Kassari_(Keina)_vallavalitsus, lk 43
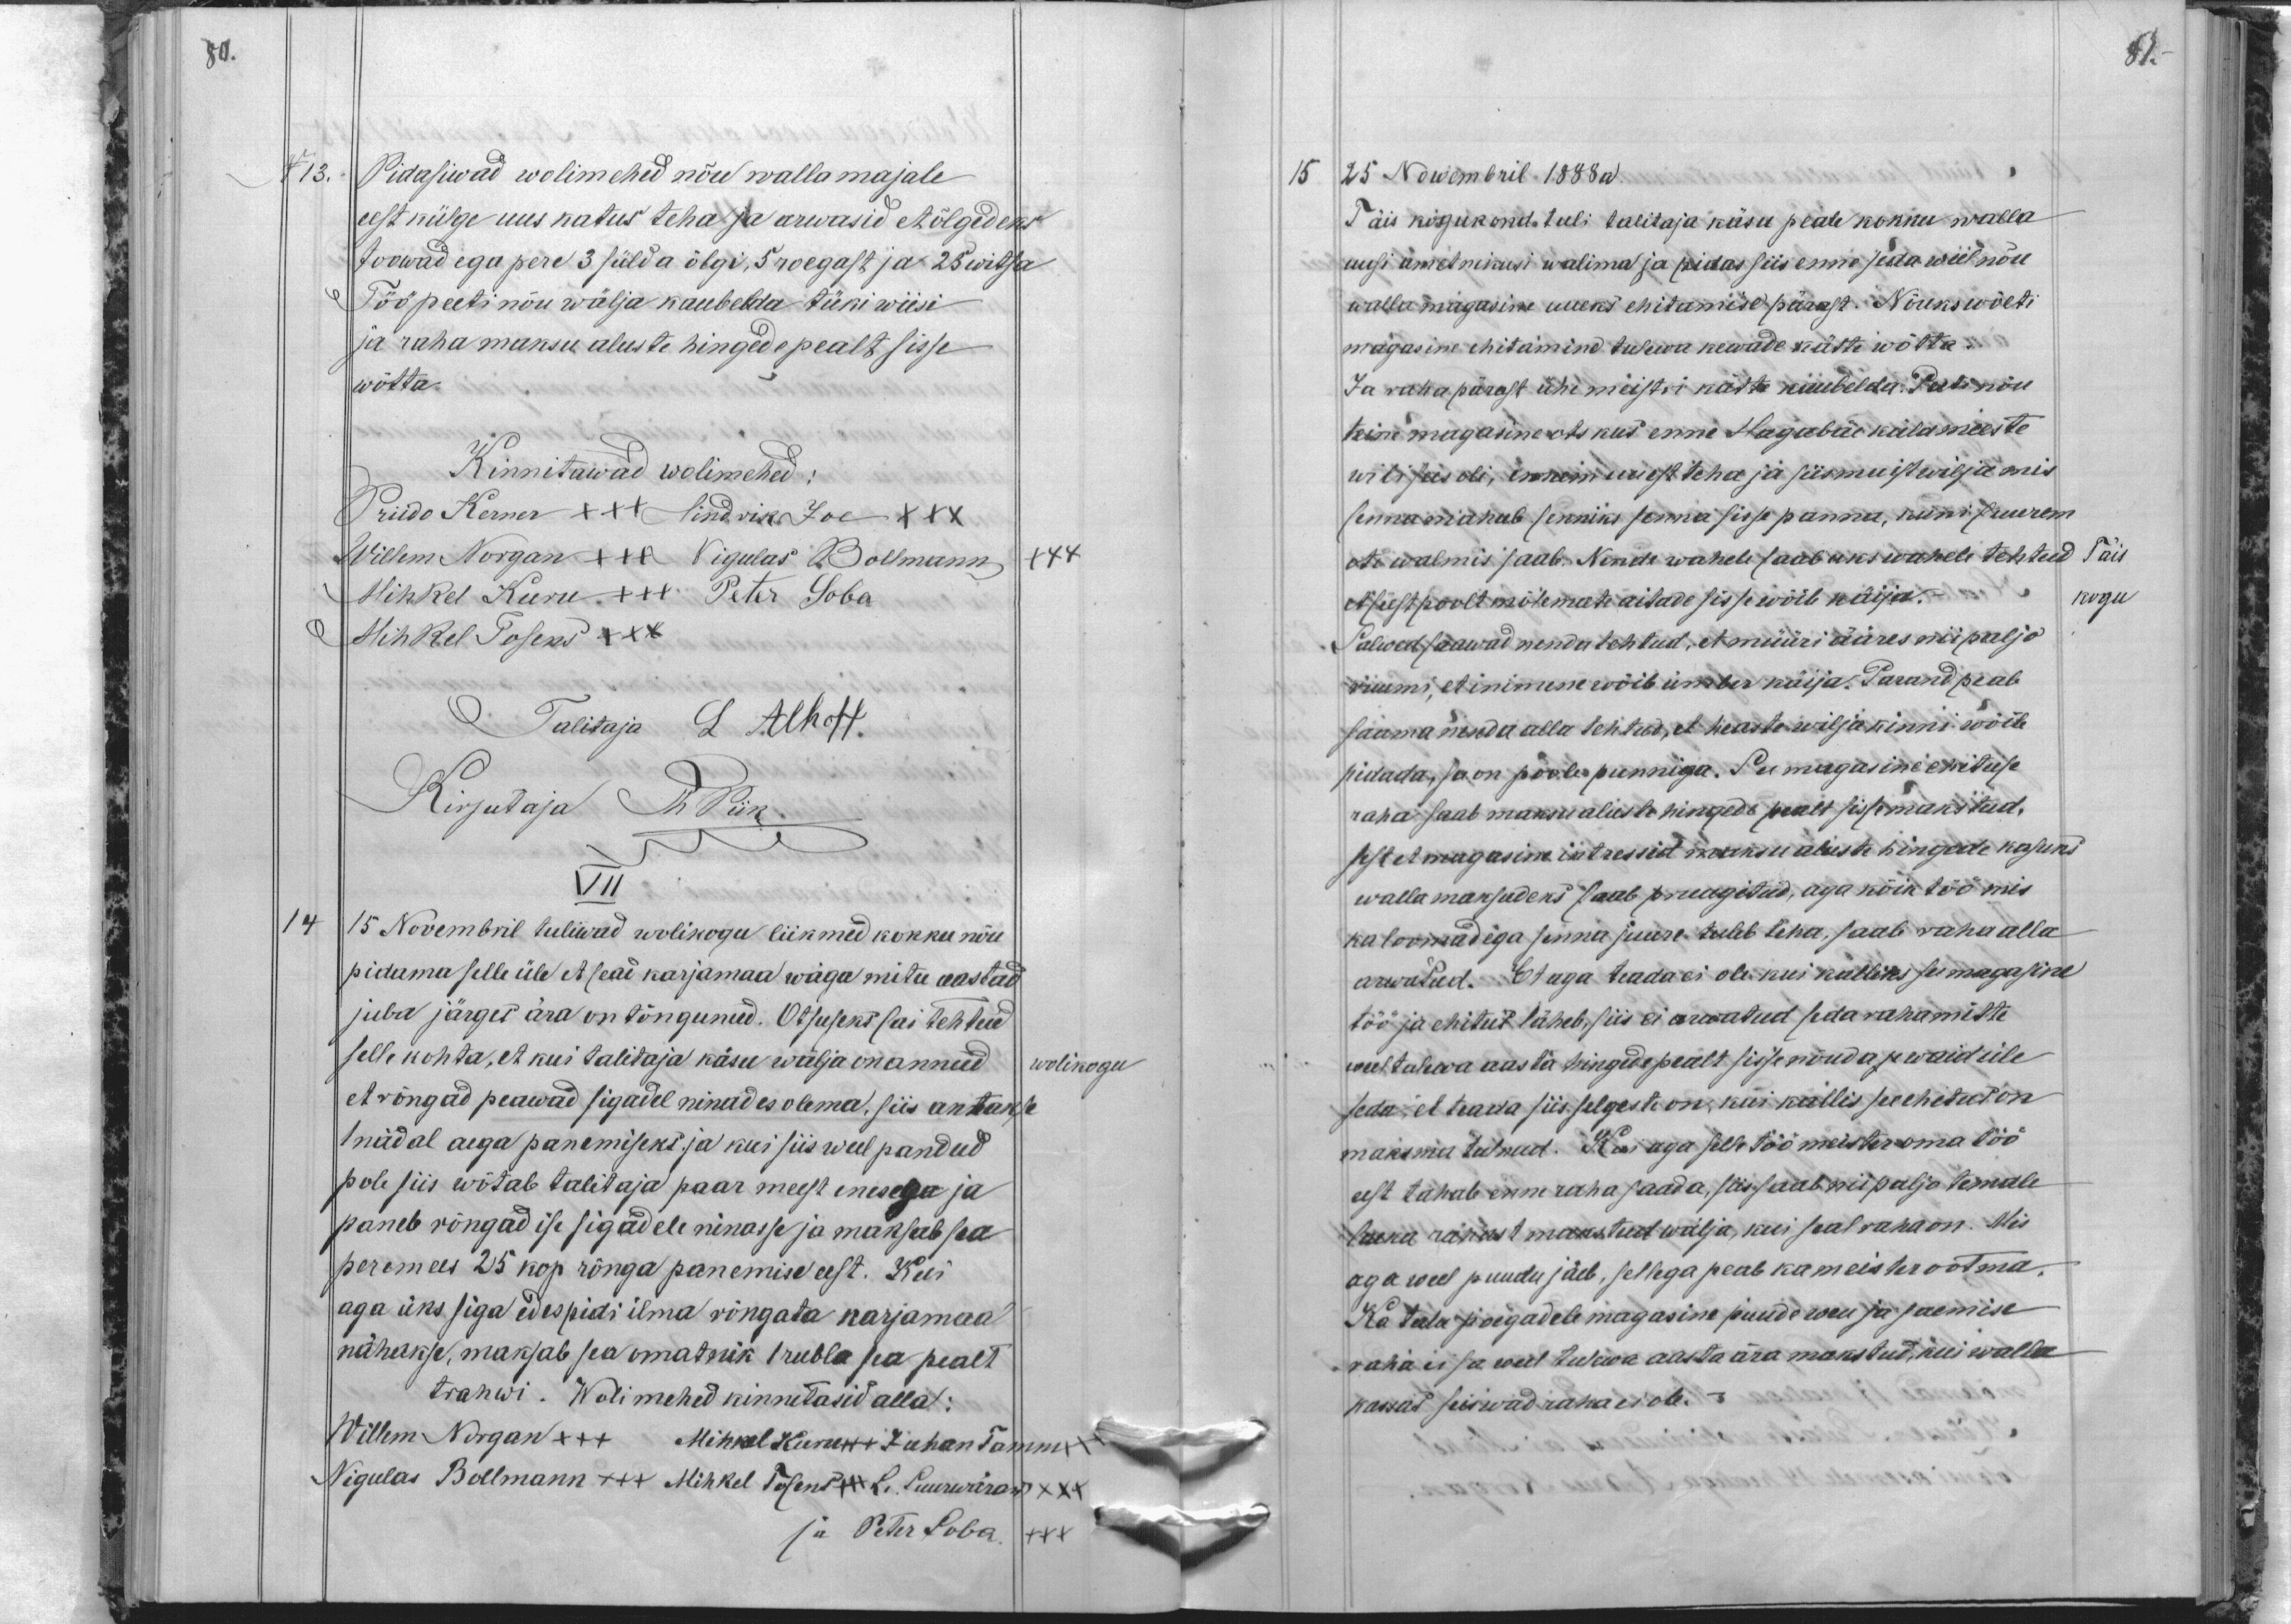
81.

80.
N 13.
Pidasiwad wolimehed nõu walla majale
eest külge uus katus teha ja arwasid et õlgedeks
toowad ega pere 3 sülda õlgi, 5 roegast ja 25 witsa
Töö peeti nõu wälja kaubelda tüki wiisi
ja raha maksu aluste hingede pealt sisse
wõtta.
Kinnitawad wolimehed:
Priido Kerner XXX Hindrik Joe XXX
Willem Norgan XXX Nigulas Bollmann
XXX
Mihkel Kuru +++ Peter Soba
Mihkel Tosens XXX
Talitaja L. Alhoff.
Kirjutaja Th Piik.
VII
14
15 Nowembril tuliwad wolikogu liikmed kokku nõu
pidama selle üle et seai karjamaa wäga mitu aastad
juba järges ära on tõngunud. Otsuseks sai tehtud
selle kohta, et kui talitaja käsu wälja on annud
wolikogu
et rõngad peawad sigadel ninades olema, siis antakse
1 nädal aega panemiseks ja kui siis weel pandud
pole siis wõtab talitaja paar meest enesega ja
paneb rõngad ise sigadele nimesse ja maksab sea
peremees 25 kop rõnga panemise eest. Kui
aga üks siga edespidi ilma rõngata karjamaal
nähakse, maksab see omatnik 1 rubla sea pealt
trahwi. Wolimehed kinnitasid alla:
Willem Norgan +++ Mihkel Kuru xxx Juhan Tamm xxx
Nigulas Bollmann +++ Mihkel Tosens XXX L. Suurwäraw xxx
ja Peter Soba XXX

15
25 Nowembril 1888a.
Täis kogukond, tuli talitaja käsu peale kokku walla
uusi ametnikusi walima ja pidas siis enne seda weel nõu
walla magasine uueks ehitamise pärast. Nõuks wõeti
magasine ehitamine tulewa kewade kätte wõtta.
Ja raha pärast ühe meistri kätte kaubelda. Peeti nõu
teine magasine ots kus enne Hagabäe küla meeste
wili sees oli, ennem uuest teha ja siis muist wilja mis
senna mahub senniks senna sisse panna, kuni suurem
ots walmis saab. Nende wahele saab uks waheli tehtud
Täis
et seest poolt mõlemate aitade sisse wõib käija.
kogu
Salwed saawad nenda tehtud, et müüri ääres nii paljo
ruumi, et inimene wõib ümber käija. Parand peab
saama nenda alla tehtud, et heaste wilja kinni wõib
pidada, ja on poole punniga. See magasine ehituse
raha saab maksu aluste hingede pealt sisse makstud.
sest et magasin intressid maksu aluste hingede kasuks
walla maksudeks saab pruugitud, aga kõik töö mis
ka loomadega senna juure tuleb teha, saab raha alla
arwatud. Et aga teada ei ole kui kalliks see magasine
töö ja ehitus läheb, siis ei arwatud seda raha mitte
weel tulewa aasta hingede pealt sisse nõuda se waid üle
seda, et teada siis selgeste on, kui kallis see ehitud on
maksma tulnud. Kas aga selle töö meister oma töö
eest tahab enne raha saada, siis saab nii paljo temale
laeka rahast makstud wälja, kui seal raha on. Mis
aga weel puudu jäeb, sellega peab ka meister ootma.
Ka talu poegadele magasine puude weu ja saemise
raha ei sa weel tulewa aasta ära makstud, kui walla
kassas seiswad raha ei ole.